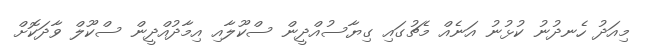
މިއަދު ހެނދުނު ކުޅުނު އަނެއް މެޗުގައި ގިޔާސުއްދީން ސްކޫލާއި އިމާދުއްދީން ސްކޫލް ވާދަކޮށް